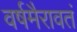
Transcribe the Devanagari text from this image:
वर्षमैरावतं